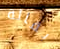
بقالة